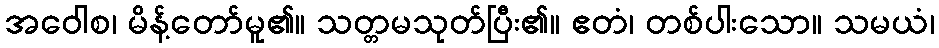
အဝေါစ၊ မိန့်တော်မူ၏။ သတ္တမသုတ်ပြီး၏။ ဧတံ၊ တစ်ပါးသော။ သမယံ၊